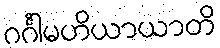
ဂင်္ဂါမဟိယာယာတိ